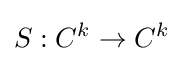
S:C^{k}\to C^{k}